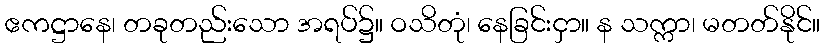
ဧကဋ္ဌာနေ၊ တခုတည်းသော အရပ်၌။ ဝသိတုံ၊ နေခြင်းငှာ။ န သက္ကာ၊ မတတ်နိုင်။